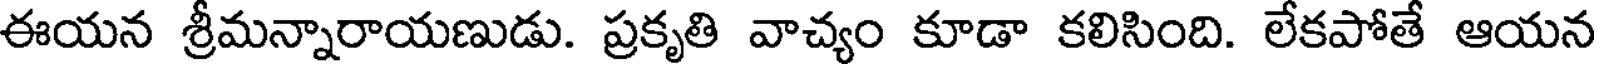
ఈయన శ్రీమన్నారాయణుడు. ప్రకృతి వాచ్యం కూడా కలిసింది. లేకపోతే ఆయన